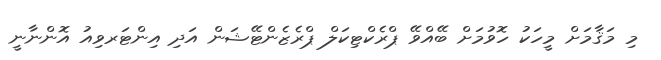
މި މަޤާމަށް މީހަކު ހޮވުމަށް ބޭއްވޭ ޕްރެކްޓިކަލް ޕްރެޒެންޓޭޝަން އަދި އިންޓަރވިއު އޮންނާނީ